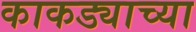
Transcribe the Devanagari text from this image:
काकड्याच्या